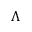
\Lambda